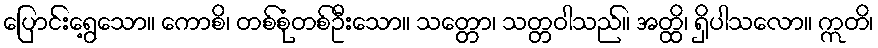
ပြောင်းရွေ့သော။ ကောစိ၊ တစ်စုံတစ်ဦးသော။ သတ္တော၊ သတ္တဝါသည်။ အတ္ထိ၊ ရှိပါသလော။ ဣတိ၊